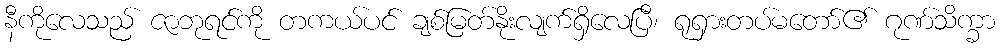
နီကိုလေသည် ဇာဘုရင်ကို တကယ်ပင် ချစ်မြတ်နိုးလျက်ရှိလေပြီ၊ ရုရှားတပ်မတော်၏ ဂုဏ်သိက္ခာ